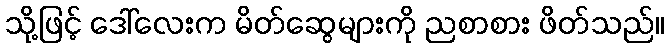
သို့ဖြင့် ဒေါ်လေးက မိတ်ဆွေများကို ညစာစား ဖိတ်သည်။